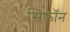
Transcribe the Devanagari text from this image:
सिफॉन